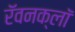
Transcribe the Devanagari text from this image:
रॅवनक्लॉ